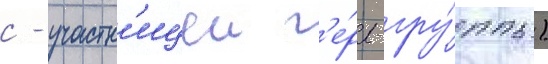
с - участн'ицеи г'е́рл-гру́ппы)